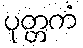
ပုတ္တကံ